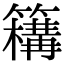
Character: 𥵡